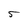
Character: 5